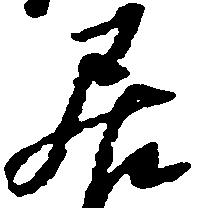
居